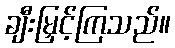
ချီးမြှင့်ကြသည်။